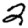
Digit: 2